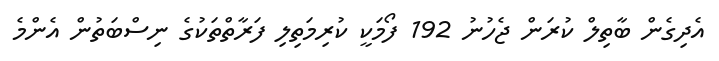
އެދިގެން ބާތިލް ކުރަން ޖެހުނު 192 ފޯމަކީ ކުރިމަތިލި ފަރާތްތަކުގެ ނިސްބަތުން އެންމެ